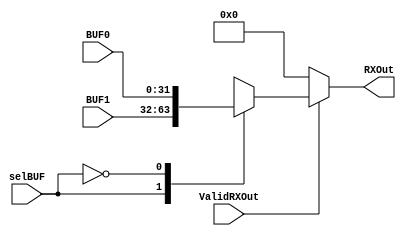
module RxMux(BUF0, BUF1,ValidRXOut, RXOut, selBUF);
input [31:0] BUF0;
input [31:0] BUF1;
input selBUF, ValidRXOut;
output[31:0] RXOut;

reg [31:0] RXOut;

always @ (ValidRXOut)
begin
if (ValidRXOut)
begin
case (selBUF)

1'b1 :begin 
      RXOut= BUF1;
      end
1'b0 : begin 
       RXOut = BUF0;
       end
    endcase
    end
else
RXOut <= 0;
end
endmodule